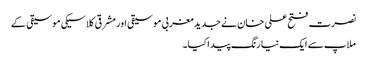
نصرت فتح علی خان نے جدید مغربی موسیقی اور مشرقی کلاسیکی موسیقی کے
ملاپ سے ایک نیا رنگ پیدا کیا۔